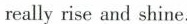
reallyrise and shine.